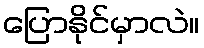
ပြောနိုင်မှာလဲ။